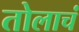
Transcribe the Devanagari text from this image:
तोलाचं